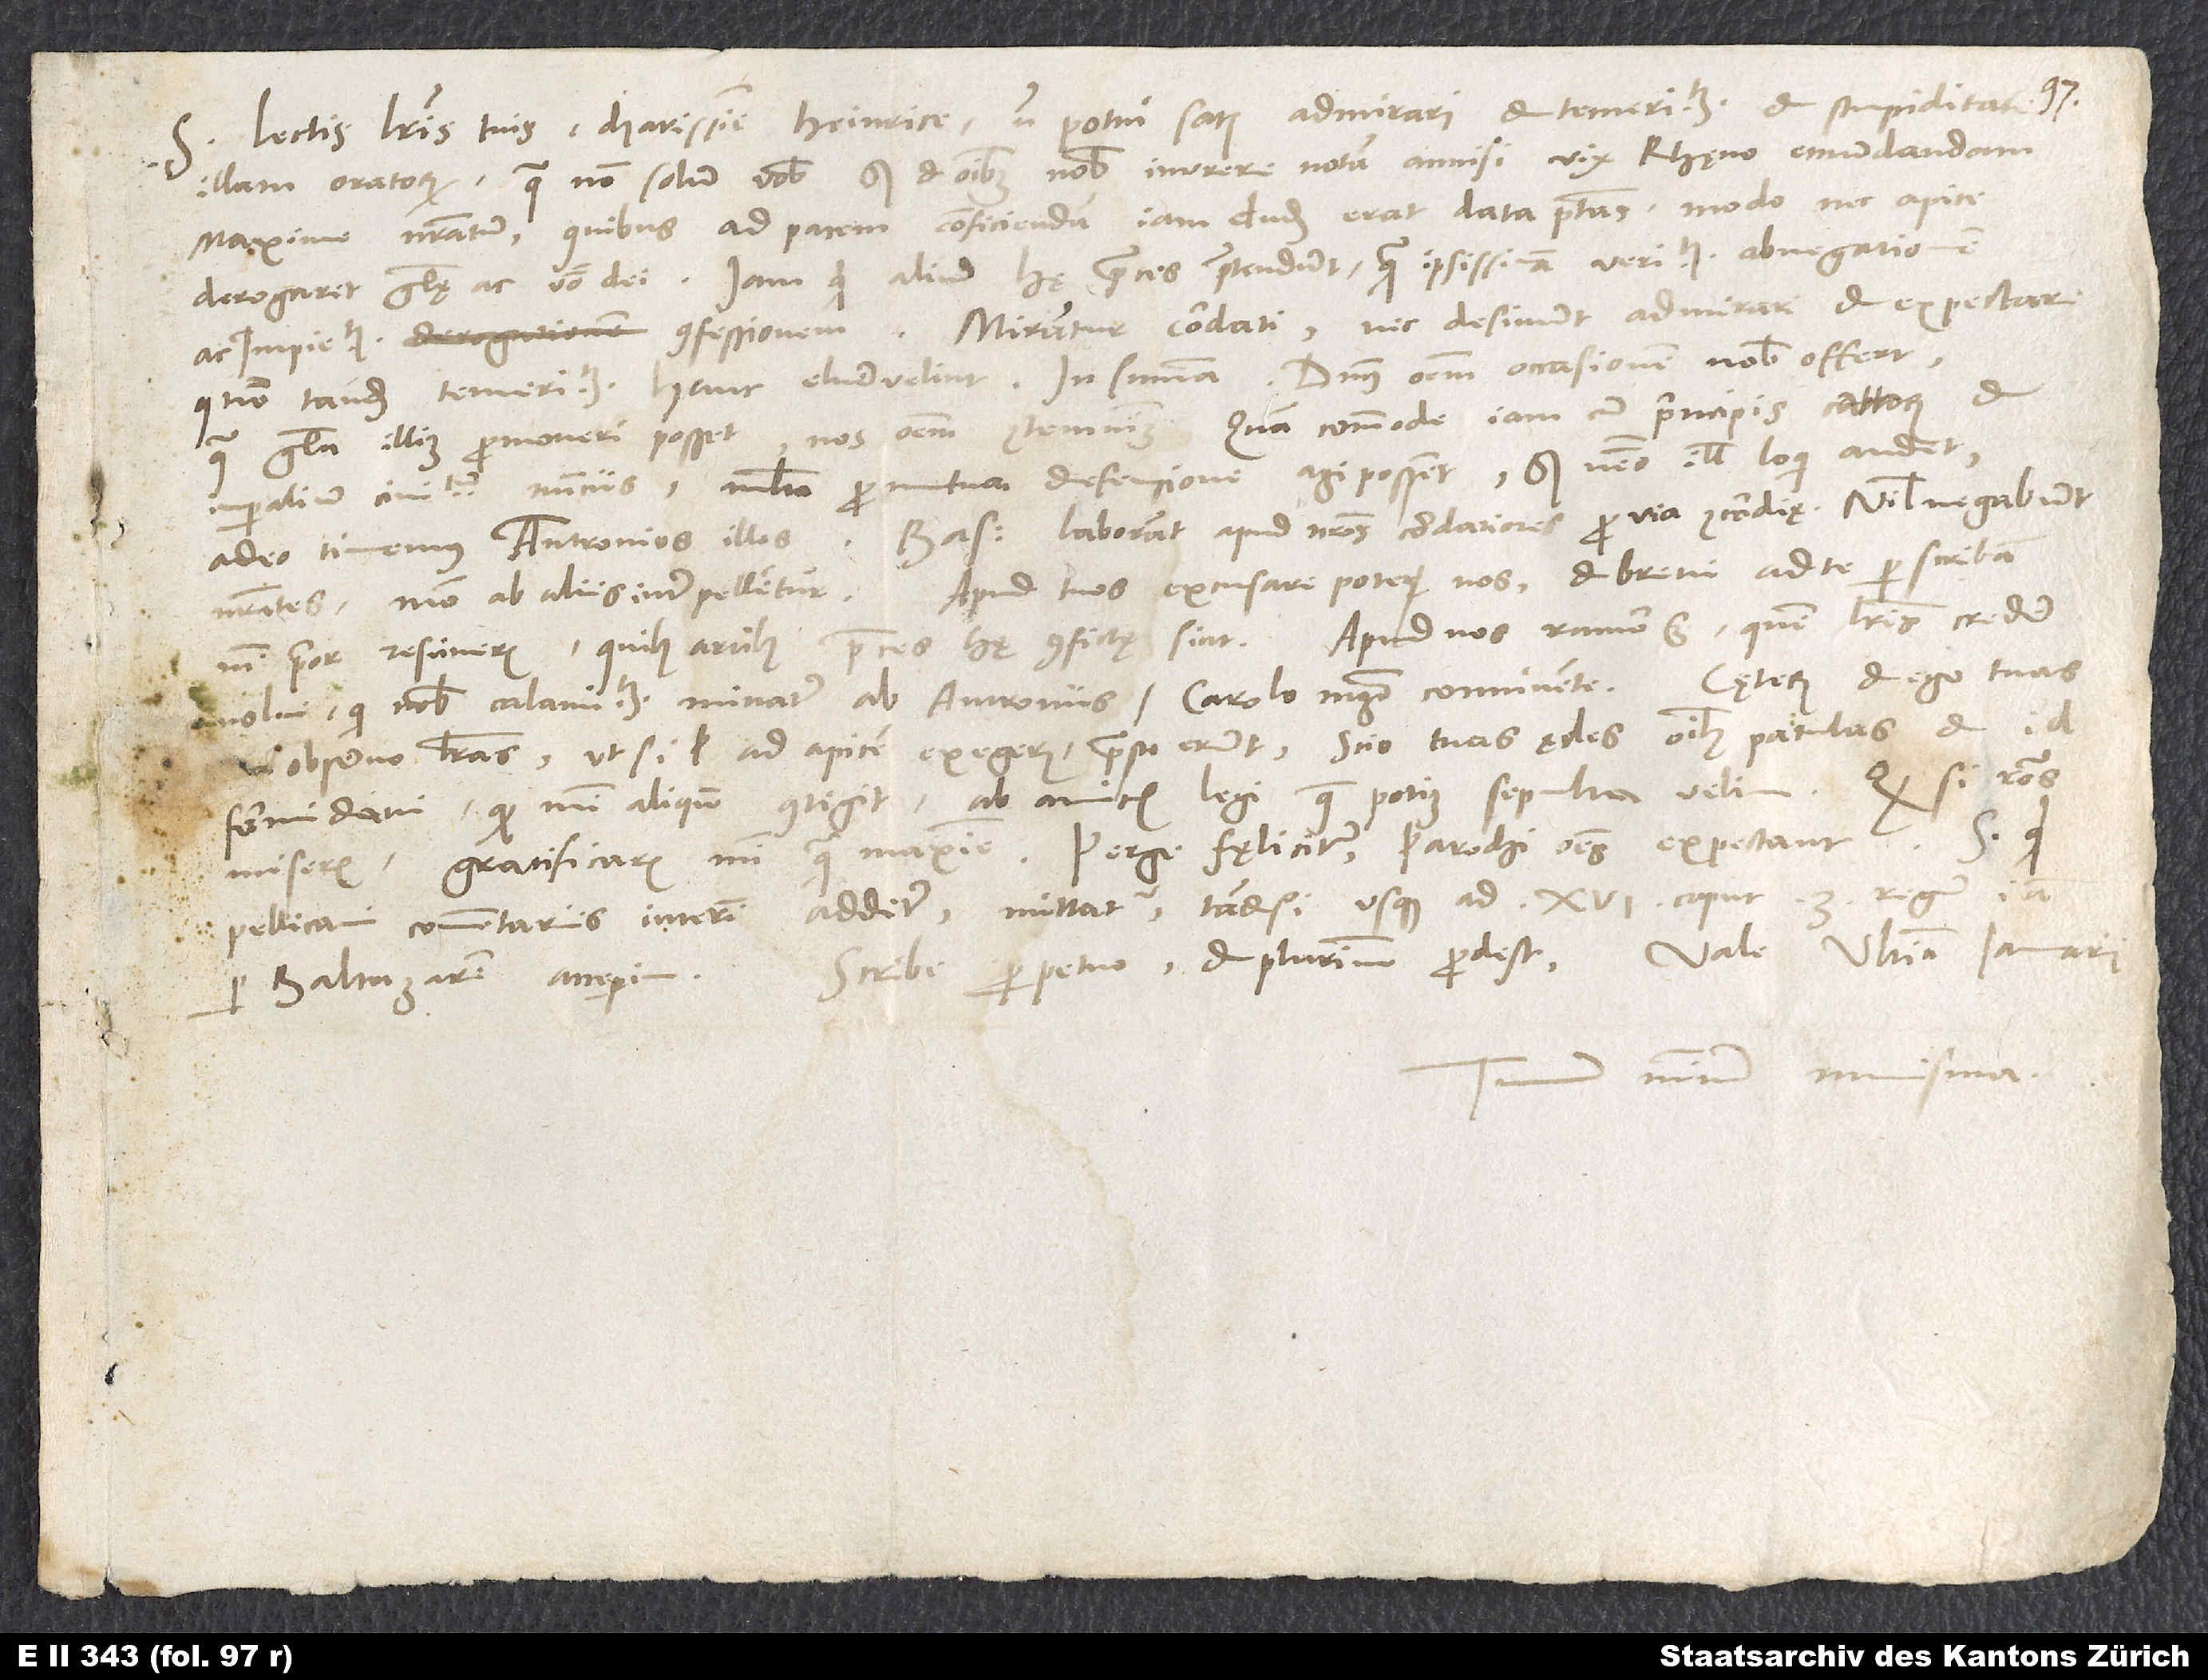
S. Lectis literis tuis, charissime Heinrice, non potui satis admirari et temeritatem et stupiditatem
illam oratorum, qua non solum vobis, sed et omnibus nobis inurere notam annisi vix Rhęno emundandam
maxime nostratum, quibus ad pacem conficiendam iam dudum erat data potestas, modo nec apice
derogaret glorię ac verbo dei. Iam quid aliud hę preces praetendunt quam ipsissimam veritatis abnegationem
ac impietatis confessionem? Mirantur cordati nec desinunt admirari et expectare,
quomodo tandem temeritatem hanc eluere velint. In summa: Dominus omnem occasionem nobis offert,
qua gloria illius promoveri posset, nos omnem contemnimus. Quam commode iam cum principis Cattorum et
imperialium civitatum nunciis multa pro mutua defensione agi possent. Sed nemo illis loqui audet.
Adeo timemus Antronios illos. Bas laborant apud nostros cordatiores pro via concordiae. Nihil negabunt
nostrates, modo ab aliis interpellentur. Apud tuos excusare poteris nos, et brevi ad te perscribam,
Apud nos rumor est, quem literis credere
nisi prior resciveris, quibus artibus preces hę confictę sint.
nolui, qui nobis calamitatem minatur ab Antroniis Carolo magistro connivente. Cęterum et ego tuas
sic observo literas, ut si vel ad apicem exegeris, praesto erunt. Scio tuas ędes omnibus patulas, et id
formidavi, quod mihi aliquando contigit, ab amicis legi, quae potius sepulta velim.
miseris, gratificaris mihi quam maxime. Perge fęliciter. Parochi omnes expectant. Si quid
Pellicani commentariis interim addetur, mittatur, tametsi usque ad 16. caput 3. Regum iam
per Baltazarem acceperim.
Tuum minimum numisma.